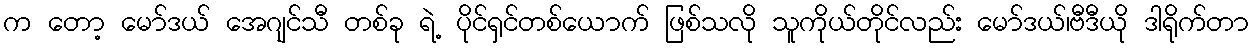
က တော့ မော်ဒယ် အေဂျင်သီ တစ်ခု ရဲ့ ပိုင်ရှင်တစ်ယောက် ဖြစ်သလို သူကိုယ်တိုင်လည်း မော်ဒယ်၊ဗီဒီယို ဒါရိုက်တာ